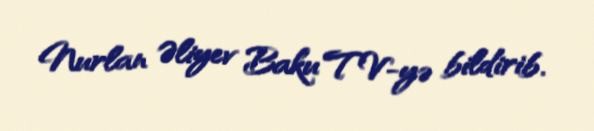
Nurlan Əliyev Baku TV-yə bildirib.